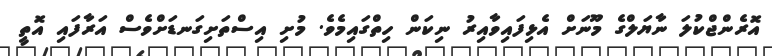
އޮރެންޖްކުލަ ނާޔަލްގެ މޫނަށް އެޅިފައިވާއިރު ނިކަން ހިތްގައިމެވެ. މުށި އިސްތަށިގަނޑަށްވެސް އަރާފައި އޮތީ